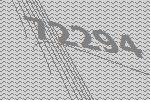
72294